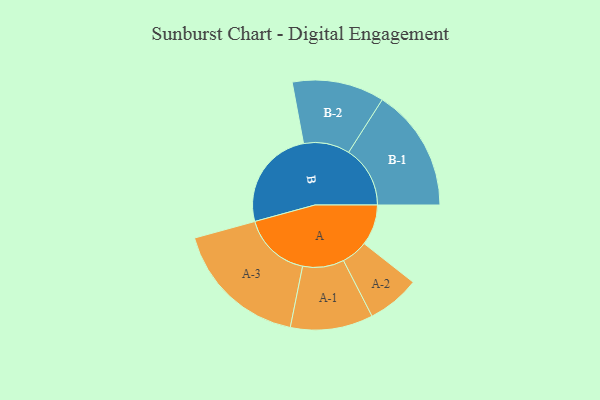
{"axis": {"x": "Segment", "y": "Value"}, "legend": ["", "A", "B"], "data": [{"x": "A", "y": 178, "type": ""}, {"x": "B", "y": 442, "type": ""}, {"x": "A-1", "y": 180, "type": "A"}, {"x": "A-2", "y": 115, "type": "A"}, {"x": "A-3", "y": 295, "type": "A"}, {"x": "B-1", "y": 268, "type": "B"}, {"x": "B-2", "y": 201, "type": "B"}]}